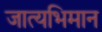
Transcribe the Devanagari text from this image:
जात्यभिमान